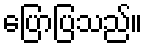
ပြောပြသည်။